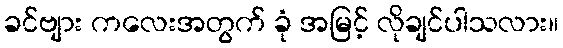
ခင်ဗျား ကလေးအတွက် ခုံ အမြင့် လိုချင်ပါသလား။